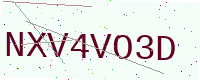
Text: NXV4VO3D